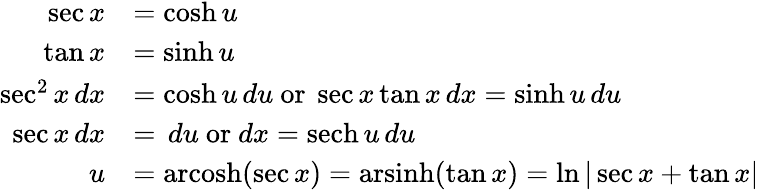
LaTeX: {\begin{array}{rl}{\sec x}&{=\cosh u}\\ {\tan x}&{=\sinh u}\\ {\sec^{2}x\, dx}&{=\cosh u\, du{\mathrm{~or~}}\sec x\tan x\, dx=\sinh u\, du}\\ {\sec x\, dx}&{=\, du{\mathrm{~or~}}dx=\operatorname{sech}u\, du}\\ {u}&{=\operatorname{arcosh}(\sec x)=\operatorname{arsinh}(\tan x)=\ln|\sec x+\tan x|}\end{array}}